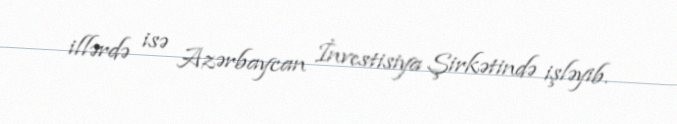
illərdə isə Azərbaycan İnvestisiya Şirkətində işləyib.